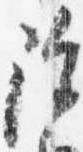
除